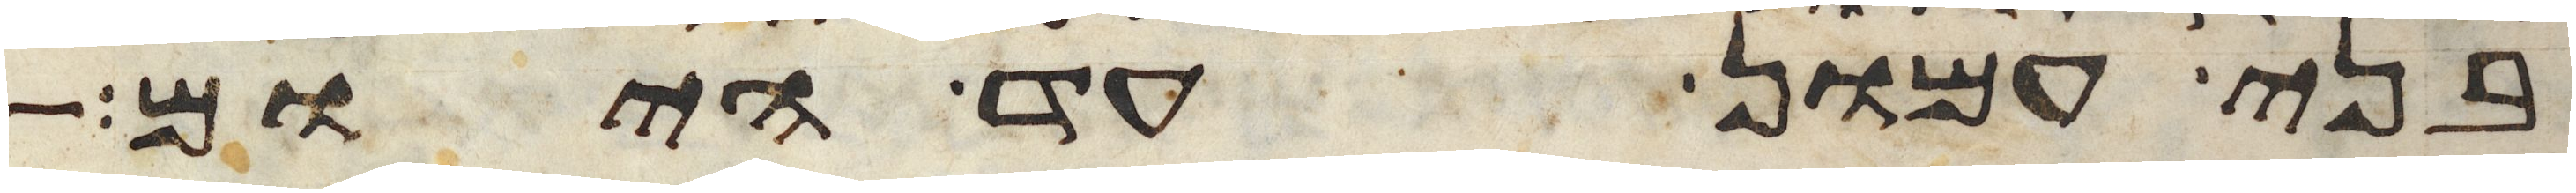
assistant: בני עמון עד היום